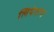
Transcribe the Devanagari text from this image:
लियेताप